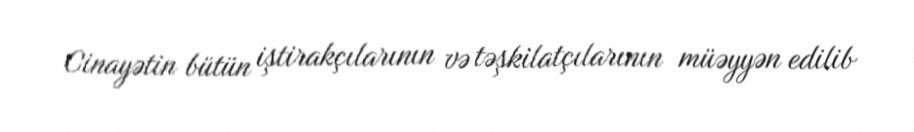
Cinayətin bütün iştirakçılarının və təşkilatçılarının müəyyən edilib